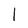
Character: I